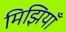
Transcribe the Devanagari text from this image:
मिझियाँ